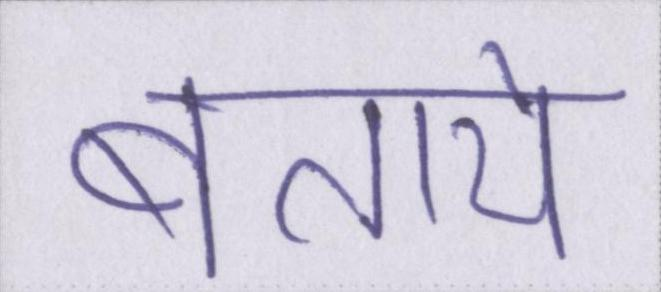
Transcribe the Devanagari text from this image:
बताये